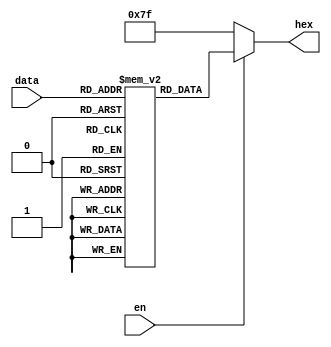
module hexout (
    input en,
    input [3:0] data,
    output reg [6:0] hex
);
    reg [6:0] NUMS [15:0];
    initial begin
        NUMS[0] = 7'b1000000;
        NUMS[1] = 7'b1111001;
        NUMS[2] = 7'b0100100;
        NUMS[3] = 7'b0110000;
        NUMS[4] = 7'b0011001;
        NUMS[5] = 7'b0010010;
        NUMS[6] = 7'b0000010;
        NUMS[7] = 7'b1111000;
        NUMS[8] = 7'b0000000;
        NUMS[9] = 7'b0010000;
        NUMS[10] = 7'b0001000;
        NUMS[11] = 7'b0000011;
        NUMS[12] = 7'b1000110;
        NUMS[13] = 7'b0100001;
        NUMS[14] = 7'b0000110;
        NUMS[15] = 7'b0001110;
    end
    always @(data) begin
        if (en)
            hex = NUMS[data];
        else
            hex = 7'b1111111;
    end
endmodule